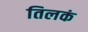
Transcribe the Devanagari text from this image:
तिलकं